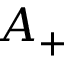
A _ { + }